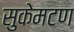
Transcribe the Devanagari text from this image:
सुकेमटण